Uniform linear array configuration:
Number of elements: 24
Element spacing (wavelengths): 0.5
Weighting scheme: hamming
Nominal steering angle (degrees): -30
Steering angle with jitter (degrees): -29.854
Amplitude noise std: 0.05
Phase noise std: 0.05

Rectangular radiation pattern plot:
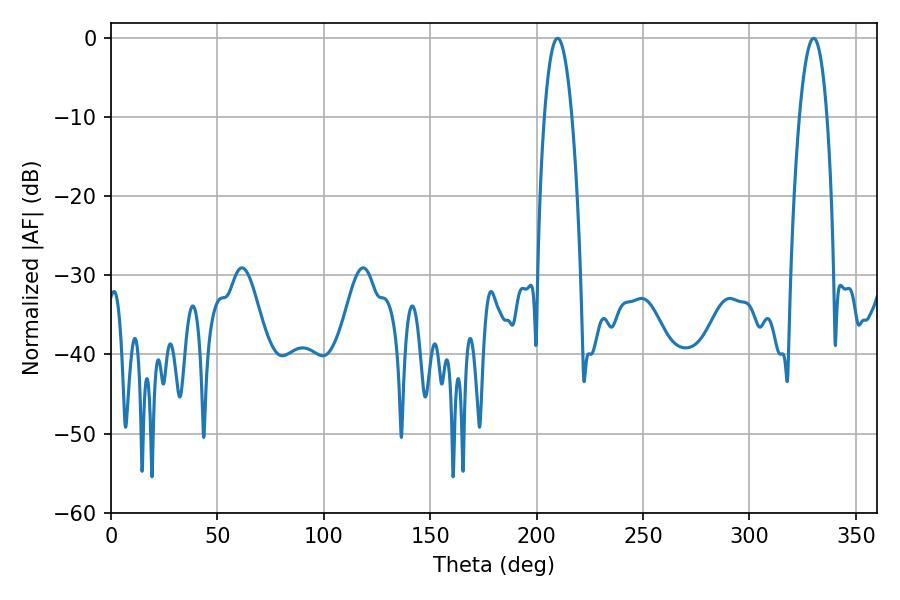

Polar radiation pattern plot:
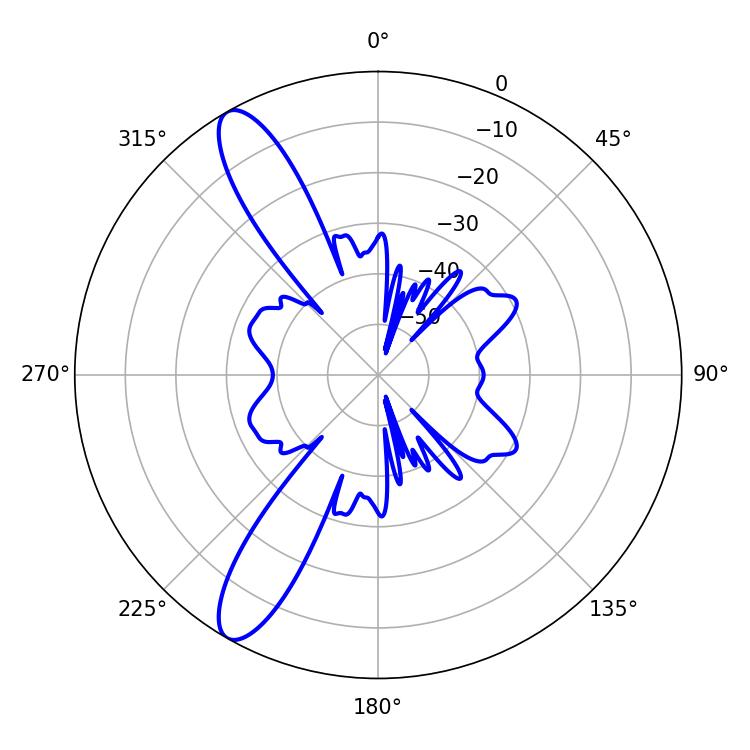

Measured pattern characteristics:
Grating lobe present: FALSE
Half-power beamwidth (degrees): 7.2
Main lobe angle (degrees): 330.12